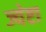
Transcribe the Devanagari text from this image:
ज्येष्टा